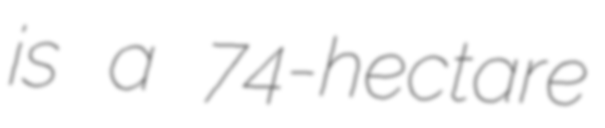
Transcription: is a 74-hectare